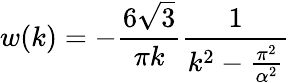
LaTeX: w(k)=-\frac{6\sqrt{3}}{\pi k}\frac{1}{k^{2}-\frac{\pi^{2}}{\alpha^{2}}}